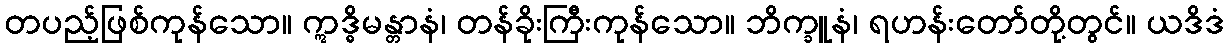
တပည့်ဖြစ်ကုန်သော။ ဣဒ္ဓိမန္တာနံ၊ တန်ခိုးကြီးကုန်သော။ ဘိက္ခူနံ၊ ရဟန်းတော်တို့တွင်။ ယဒိဒံ